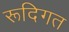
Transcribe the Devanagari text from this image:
रूदिगत